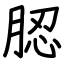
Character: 䏰